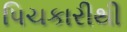
પિચકારીથી